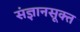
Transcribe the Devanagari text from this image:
संज्ञानसूक्त